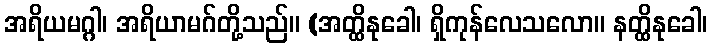
အရိယမဂ္ဂါ၊ အရိယာမဂ်တို့သည်။ (အတ္ထိနုခေါ၊ ရှိကုန်လေသလော။ နတ္ထိနုခေါ၊